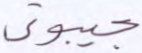
جيبوتي